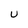
Character: U